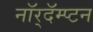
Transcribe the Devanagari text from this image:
नॉर्‌दॅम्प्टन